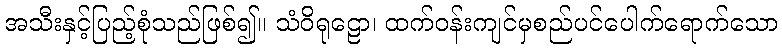
အသီးနှင့်ပြည့်စုံသည်ဖြစ်၍။ သံဝိရုဠော၊ ထက်ဝန်းကျင်မှစည်ပင်ပေါက်ရောက်သော